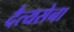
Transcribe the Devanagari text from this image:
दैत्यसेना